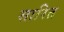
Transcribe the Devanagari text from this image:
सारित